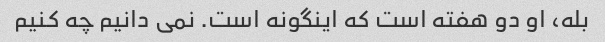
بله، او دو هفته است که اینگونه است. نمی دانیم چه کنیم